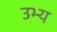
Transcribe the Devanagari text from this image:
उभ्य